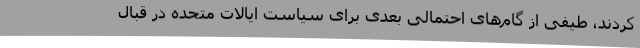
کردند، طیفی از گام‌های احتمالی بعدی برای سیاست ایالات متحده در قبال